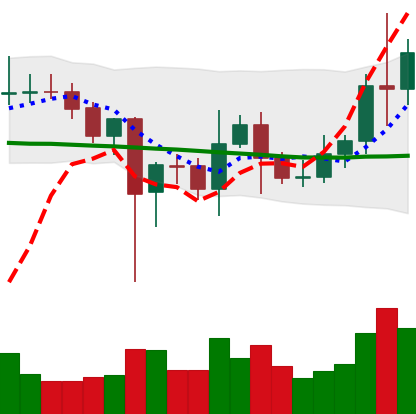
Ticker: LINK-USD
Chart end date: 2021-01-05
Forward return: 11.744%
Label: up_7plus